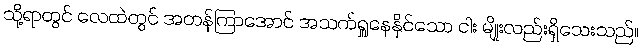
သို့ရာတွင် လေထဲတွင် အတန်ကြာအောင် အသက်ရှူနေနိုင်သော ငါး မျိုးလည်းရှိသေးသည်။